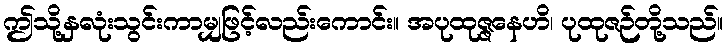
ဤသို့နှလုံးသွင်းကာမျှဖြင့်လည်းကောင်း။ အပုထုဇ္ဇနေဟိ၊ ပုထုဇဉ်တို့သည်။